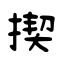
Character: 揳